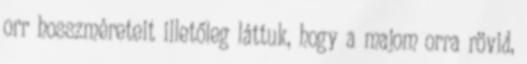
orr hosszméreteit illetőleg láttuk, hogy a majom orra rövid,